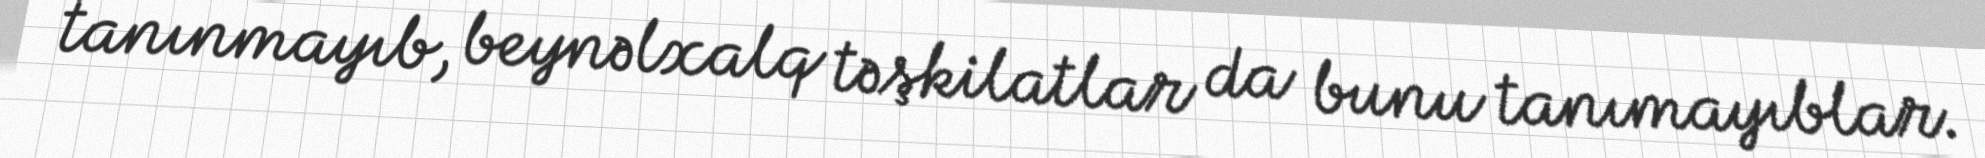
tanınmayıb, beynəlxalq təşkilatlar da bunu tanımayıblar.